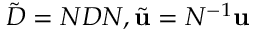
{ \tilde { D } } = N D N , { \tilde { \bf u } } = N ^ { - 1 } { \bf u }